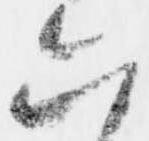
六